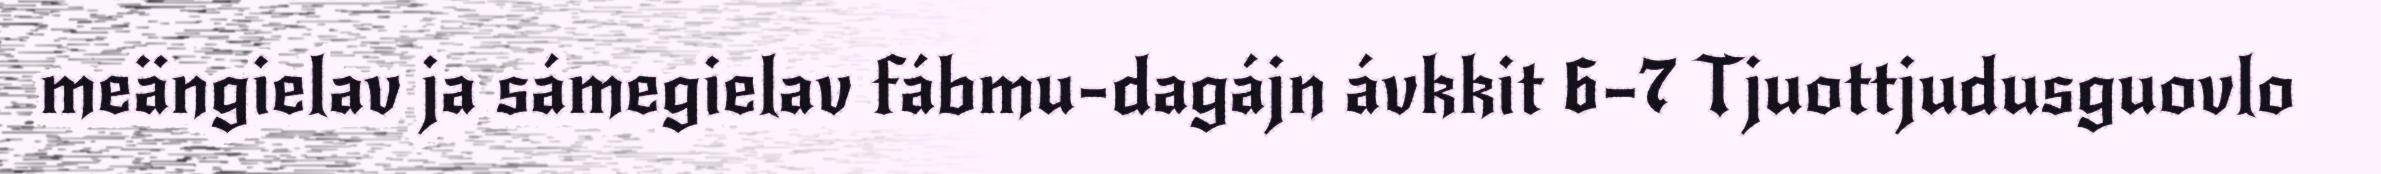
meängielav ja sámegielav fábmu-dagájn ávkkit 6–7 Tjuottjudusguovlo